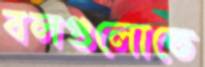
বলগুলোতে